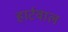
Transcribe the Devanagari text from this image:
हार्टवाल